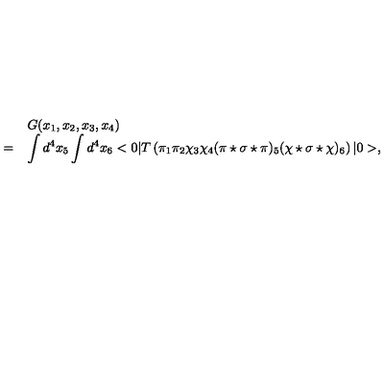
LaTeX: \begin{array} { r l } { } & { G ( x _ { 1 } , x _ { 2 } , x _ { 3 } , x _ { 4 } ) } \\ { = } & { \displaystyle \int d ^ { 4 } x _ { 5 } \int d ^ { 4 } x _ { 6 } < 0 | T \left( \pi _ { 1 } \pi _ { 2 } \chi _ { 3 } \chi _ { 4 } ( \pi \star \sigma \star \pi ) _ { 5 } ( \chi \star \sigma \star \chi ) _ { 6 } \right) | 0 > , } \\ \end{array}